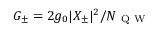
G _ { \pm } = 2 g _ { 0 } | X _ { \pm } | ^ { 2 } / N _ { \mathrm { ~ Q ~ W ~ } }